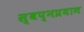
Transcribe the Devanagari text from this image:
स्वप्नप्रयाण